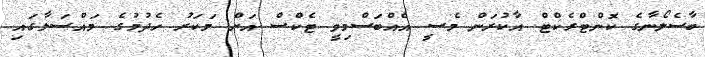
ބާސެލޯނާގެ ކޮންޓްރެކްޓް އާކުރަން މެސީ އެއްބަސްމިވީ ޓެކްސް އަށް މަކަރު ހެދުމުގެ މައްސަލާގައި